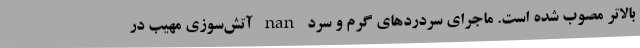
بالاتر مصوب شده است. ماجرای سردردهای گرم و سرد nan آتش‌سوزی مهیب در